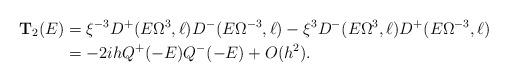
LaTeX: \begin{align*}\mathbf{T}_2(E)&= \xi^{-3} D^+(E \Omega^3,\ell) D^-(E\Omega^{-3},\ell) -\xi^{3} D^-(E\Omega^3,\ell) D^+(E\Omega^{-3},\ell) \\&= -2ih Q^+(-E) Q^-(-E) +O(h^2). \end{align*}